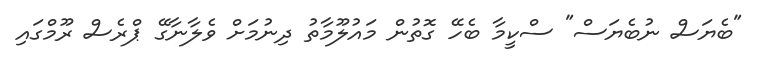
"ބެޔަސް ނުބެޔަސް" ސްކީމާ ބެހޭ ގޮތުން މައުލޫމާތު ދިނުމަށް ވެލާނާގޭ ޕްރެސް ރޫމްގައި